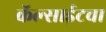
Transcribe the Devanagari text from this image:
कॅल्साईटचा